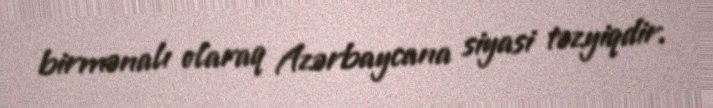
birmənalı olaraq Azərbaycana siyasi təzyiqdir.